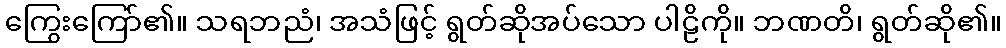
ကြွေးကြော်၏။ သရဘညံ၊ အသံဖြင့် ရွတ်ဆိုအပ်သော ပါဠိကို။ ဘဏတိ၊ ရွတ်ဆို၏။